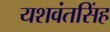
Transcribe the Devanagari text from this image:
यशवंतसिंह